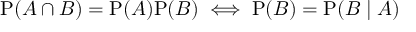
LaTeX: \mathrm { P } ( A \cap B ) = \mathrm { P } ( A ) \mathrm { P } ( B ) \iff \mathrm { P } ( B ) = \mathrm { P } ( B \mid A )